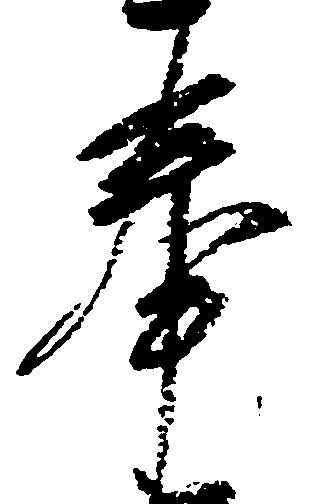
奉